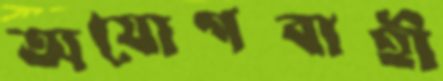
অযোগবাহী